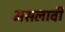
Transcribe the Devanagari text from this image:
मसलावी